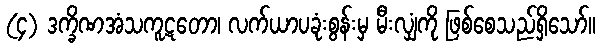
(၄) ဒက္ခိဏအံသကူဋတော၊ လက်ယာပခုံးစွန်းမှ မီးလျှံကို ဖြစ်စေသည်ရှိသော်။